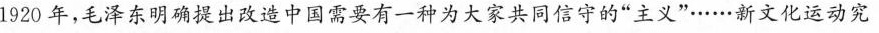
1920年，毛泽东明确提出改造中国需要有一种为大家共同信守的”主义”……新文化运动究